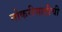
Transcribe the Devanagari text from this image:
नोकरीसाठीची